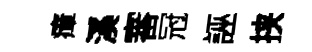
瘴溪審冠誣挟